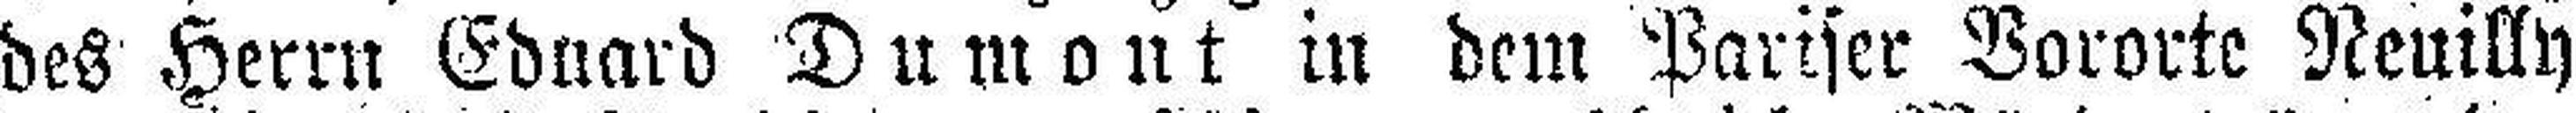
des Herrn Eduard Dumont in dem Pariser Vororte Neuilly